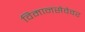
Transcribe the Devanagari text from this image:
विमानसेवेवर